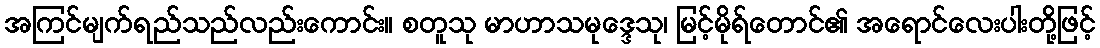
အကြင်မျက်ရည်သည်လည်းကောင်း။ စတူသု မာဟာသမုဒ္ဒေသု၊ မြင့်မိုရ်တောင်၏ အရောင်လေးပါးတို့ဖြင့်